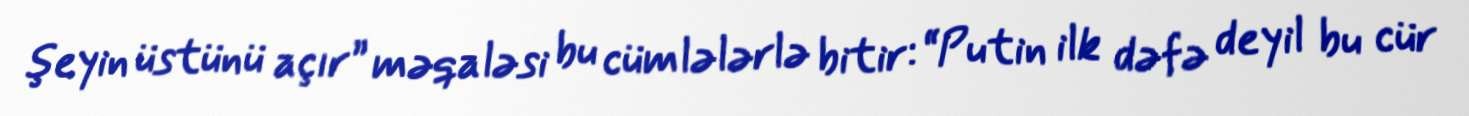
şeyin üstünü açır” məqaləsi bu cümlələrlə bitir: “Putin ilk dəfə deyil bu cür